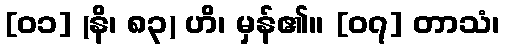
[၀၁] (နိ၊ ၈၃) ဟိ၊ မှန်၏။ [၀၇] တာသံ၊